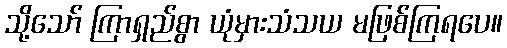
သို့သော် ကြာရှည်စွာ ယုံမှားသံသယ မဖြစ်ကြရပေ။